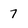
Character: 7